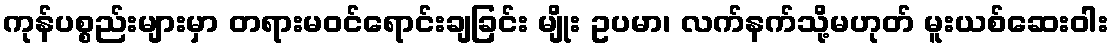
ကုန်ပစ္စည်းများမှာ တရားမဝင်ရောင်းချခြင်း မျိုး ဥပမာ၊ လက်နက်သို့မဟုတ် မူးယစ်ဆေးဝါး